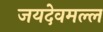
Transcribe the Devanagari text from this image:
जयदेवमल्ल